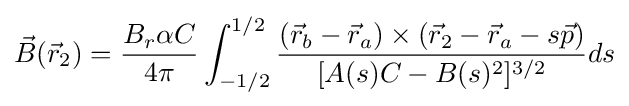
{\vec {B}}({\vec {r}}_{2})={\frac {B_{r}\alpha C}{4\pi }}\int _{-1/2}^{1/2}{\frac {({\vec {r}}_{b}-{\vec {r}}_{a})\times ({\vec {r}}_{2}-{\vec {r}}_{a}-s{\vec {p}})}{[A(s)C-B(s)^{2}]^{3/2}}}ds